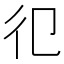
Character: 𢒿